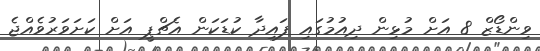
ވިންޑޯޒް 8 އަށް މުޅިން ދިއުމުގައި ފައިދާ ކުޑަކަން އެޗްޕީ އަށް ކަށަވަރުވެއްޖެ